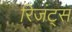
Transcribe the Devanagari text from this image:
रिजंट्स